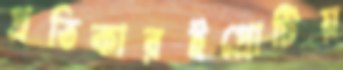
প্রতিকারইপ্রোটিয়